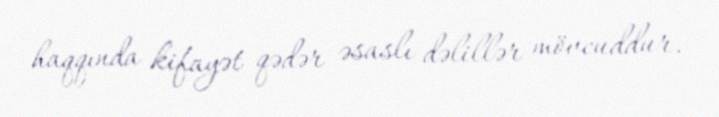
haqqında kifayət qədər əsaslı dəlillər mövcuddur.